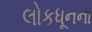
લોકધૂનના